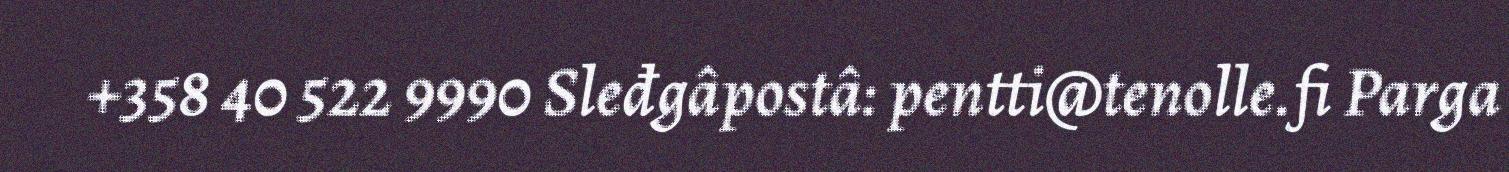
+358 40 522 9990 Sleđgâpostâ: pentti@tenolle.fi Parga